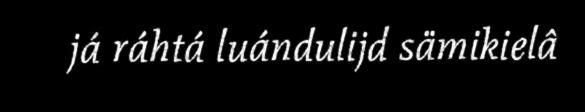
já ráhtá luándulijd sämikielâ